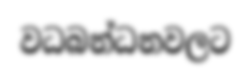
වධබන්ධනවලට